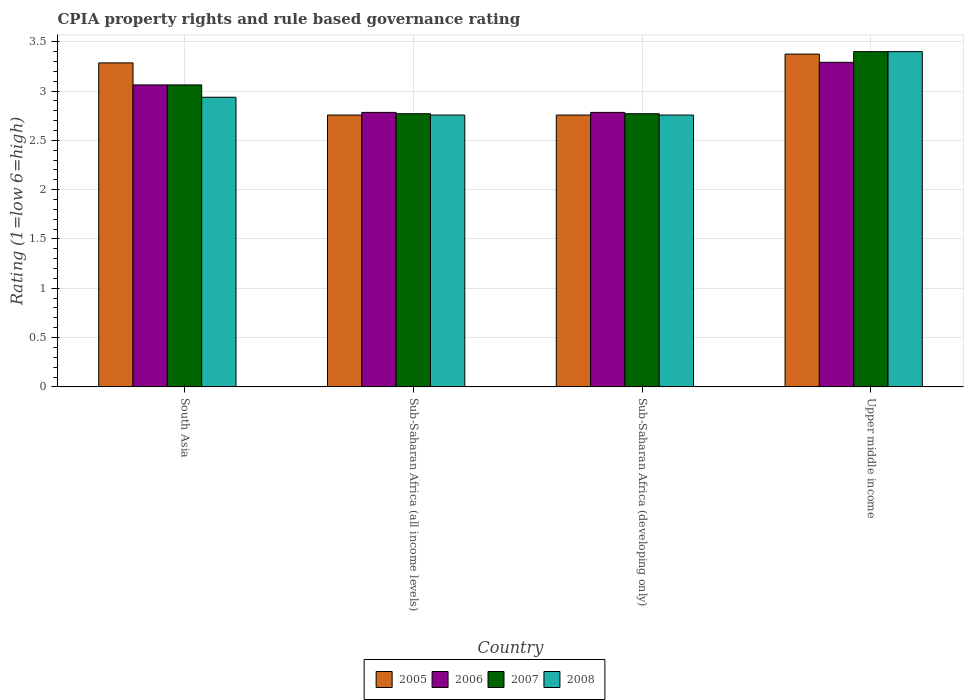
| Country | 2005 | 2006 | 2007 | 2008 |
 | --- | --- | --- | --- | --- |
 | South Asia | 3.29 | 3.06 | 3.06 | 2.94 |
 | Sub-Saharan Africa (all income levels) | 2.76 | 2.78 | 2.77 | 2.76 |
 | Sub-Saharan Africa (developing only) | 2.76 | 2.78 | 2.77 | 2.76 |
 | Upper middle income | 3.38 | 3.29 | 3.4 | 3.4 |